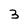
Character: 3